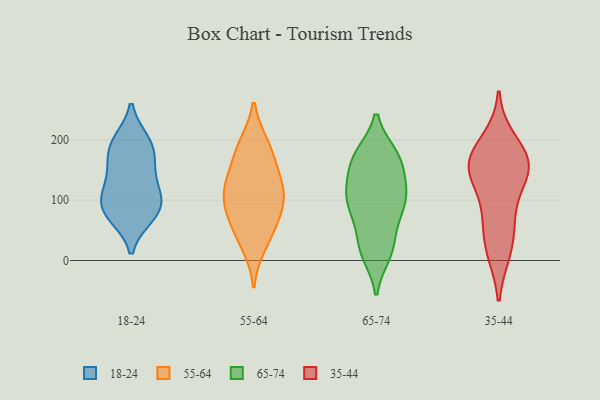
{"axis": {"x": "Operating Costs (USD K)", "y": "Value"}, "legend": ["18-24", "35-44", "55-64", "65-74"], "data": [{"x": "", "y": 86, "type": "18-24"}, {"x": "", "y": 74, "type": "18-24"}, {"x": "", "y": 106, "type": "18-24"}, {"x": "", "y": 182, "type": "18-24"}, {"x": "", "y": 141, "type": "18-24"}, {"x": "", "y": 196, "type": "18-24"}, {"x": "", "y": 163, "type": "18-24"}, {"x": "", "y": 197, "type": "18-24"}, {"x": "", "y": 121, "type": "18-24"}, {"x": "", "y": 94, "type": "18-24"}, {"x": "", "y": 76, "type": "18-24"}, {"x": "", "y": 191, "type": "55-64"}, {"x": "", "y": 117, "type": "55-64"}, {"x": "", "y": 49, "type": "55-64"}, {"x": "", "y": 101, "type": "55-64"}, {"x": "", "y": 187, "type": "55-64"}, {"x": "", "y": 84, "type": "55-64"}, {"x": "", "y": 26, "type": "55-64"}, {"x": "", "y": 68, "type": "55-64"}, {"x": "", "y": 122, "type": "55-64"}, {"x": "", "y": 161, "type": "55-64"}, {"x": "", "y": 124, "type": "55-64"}, {"x": "", "y": 112, "type": "65-74"}, {"x": "", "y": 169, "type": "65-74"}, {"x": "", "y": 111, "type": "65-74"}, {"x": "", "y": 110, "type": "65-74"}, {"x": "", "y": 21, "type": "65-74"}, {"x": "", "y": 175, "type": "65-74"}, {"x": "", "y": 130, "type": "65-74"}, {"x": "", "y": 171, "type": "65-74"}, {"x": "", "y": 93, "type": "65-74"}, {"x": "", "y": 173, "type": "65-74"}, {"x": "", "y": 66, "type": "65-74"}, {"x": "", "y": 23, "type": "65-74"}, {"x": "", "y": 143, "type": "65-74"}, {"x": "", "y": 102, "type": "65-74"}, {"x": "", "y": 67, "type": "65-74"}, {"x": "", "y": 173, "type": "65-74"}, {"x": "", "y": 89, "type": "65-74"}, {"x": "", "y": 11, "type": "65-74"}, {"x": "", "y": 14, "type": "65-74"}, {"x": "", "y": 172, "type": "35-44"}, {"x": "", "y": 161, "type": "35-44"}, {"x": "", "y": 138, "type": "35-44"}, {"x": "", "y": 69, "type": "35-44"}, {"x": "", "y": 78, "type": "35-44"}, {"x": "", "y": 151, "type": "35-44"}, {"x": "", "y": 155, "type": "35-44"}, {"x": "", "y": 16, "type": "35-44"}, {"x": "", "y": 157, "type": "35-44"}, {"x": "", "y": 21, "type": "35-44"}, {"x": "", "y": 198, "type": "35-44"}]}